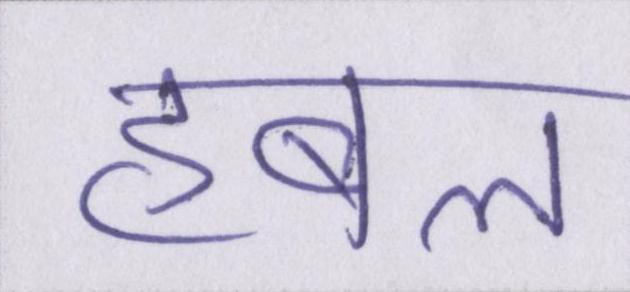
हबल